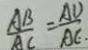
\frac { A B } { A C } = \frac { A D } { A E }